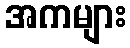
အကများ